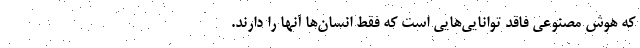
که هوش مصنوعی فاقد توانایی‌هایی است که فقط انسان‌ها آنها را دارند.